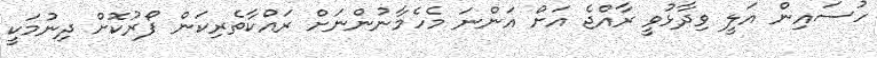
ހުސައިން އަލީ ވިދާޅުވީ ރާއްޖެ އަށް އަންނަ މެހެމާނުންނަށް ރައްކާތެރިކަން ފޯރުކޮށް ދިނުމަކީ